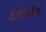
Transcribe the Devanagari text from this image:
देशीकोश